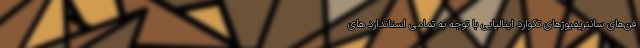
فن‌های سانتریفیوژهای تکوارد ایتالیایی با توجه به تمامی استاندارد های